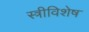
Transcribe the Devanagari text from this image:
स्त्रीविशेष